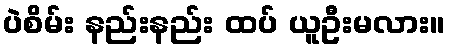
ပဲစိမ်း နည်းနည်း ထပ် ယူဦးမလား။